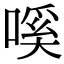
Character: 嗘